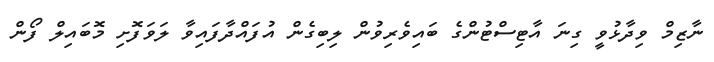
ނާޒިމް ވިދާޅުވީ ގިނަ އާޓިސްޓުންގެ ބައިވެރިވުން ލިބިގެން އުފައްދާފައިވާ ލަވަފޮށި މޮބައިލް ފޯން